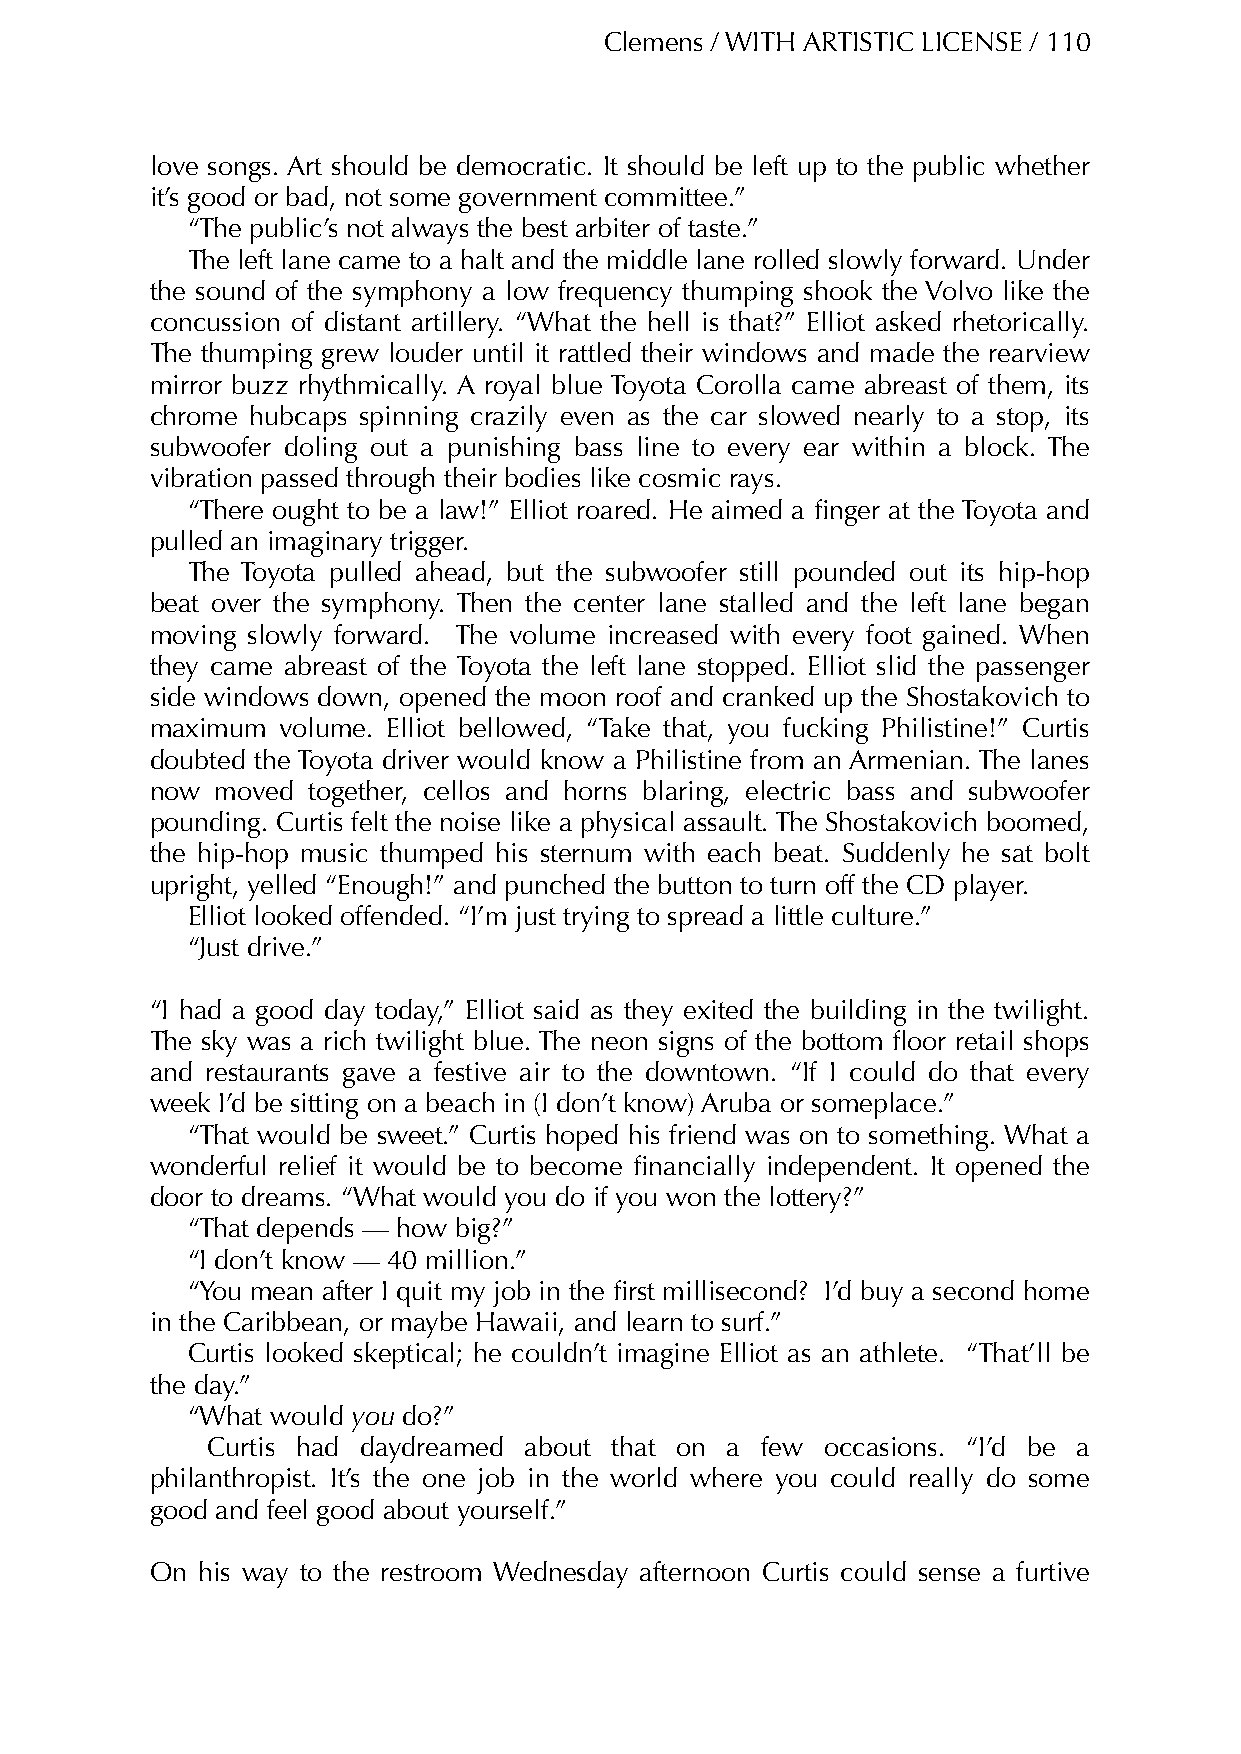
Clemens / WITH ARTISTIC LICENSE / 110
 love songs. Art should be democratic. It should be left up to the public whether
 it’s good or bad, not some government committee.”
 “The public’s not always the best arbiter of taste.”
 The left lane came to a halt and the middle lane rolled slowly forward. Under
 the sound of the symphony a low frequency thumping shook the Volvo like the
 concussion of distant artillery. “What the hell is that?” Elliot asked rhetorically.
 The thumping grew louder until it rattled their windows and made the rearview
 mirror buzz rhythmically. A royal blue Toyota Corolla came abreast of them, its
 chrome hubcaps spinning crazily even as the car slowed nearly to a stop, its
 subwoofer doling out a punishing bass line to every ear within a block. The
 vibration passed through their bodies like cosmic rays.
 “There ought to be a law!” Elliot roared. He aimed a finger at the Toyota and
 pulled an imaginary trigger.
 The Toyota pulled ahead, but the subwoofer still pounded out its hip-hop
 beat over the symphony. Then the center lane stalled and the left lane began
 moving slowly forward. The volume increased with every foot gained. When
 they came abreast of the Toyota the left lane stopped. Elliot slid the passenger
 side windows down, opened the moon roof and cranked up the Shostakovich to
 maximum  volume. Elliot bellowed, “Take that, you fucking Philistine!” Curtis
 doubted the Toyota driver would know a Philistine from an Armenian. The lanes
 now moved together, cellos and horns blaring, electric bass and subwoofer
 pounding. Curtis felt the noise like a physical assault. The Shostakovich boomed,
 the hip-hop music thumped his sternum with each beat. Suddenly he sat bolt
 upright, yelled “Enough!” and punched the button to turn off the CD player.
 Elliot looked offended. “I’m just trying to spread a little culture.”
 “Just drive.”
 “I had a good day today,” Elliot said as they exited the building in the twilight.
 The sky was a rich twilight blue. The neon signs of the bottom floor retail shops
 and restaurants gave a festive air to the downtown. “If I could do that every
 week I’d be sitting on a beach in (I don’t know) Aruba or someplace.”
 “That would be sweet.” Curtis hoped his friend was on to something. What a
 wonderful relief it would be to become financially independent. It opened the
 door to dreams. “What would you do if you won the lottery?”
 “That depends — how big?”
 “I don’t know — 40 million.”
 “You mean after I quit my job in the first millisecond? I’d buy a second home
 in the Caribbean, or maybe Hawaii, and learn to surf.”
 Curtis looked skeptical; he couldn’t imagine Elliot as an athlete. “That’ll be
 the day.”
 “What would you do?”
 Curtis had daydreamed about that on a few occasions. “I’d be a
 philanthropist. It’s the one job in the world where you could really do some
 good and feel good about yourself.”
 On his way to the restroom Wednesday afternoon Curtis could sense a furtive